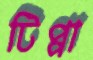
টিপ্পা